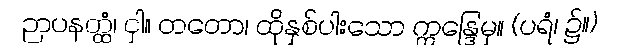
ဉာပနတ္ထံ၊ ငှါ။ တတော၊ ထိုနှစ်ပါးသော ဣန္ဒြေမှ။ (ပရံ၊ ၌။)